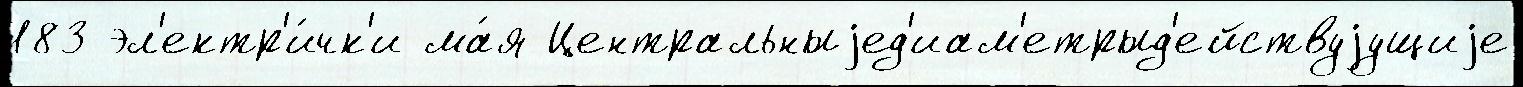
183 эл'ектр'и́чк'и ма́я Центральныjед'иам'етрыд'ействуjущиjе